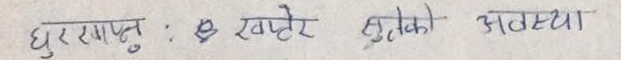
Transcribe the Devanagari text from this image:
धुरखापु : ७ खहरे बुढोको अवस्था